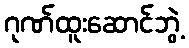
ဂုဏ်ထူးဆောင်ဘွဲ့